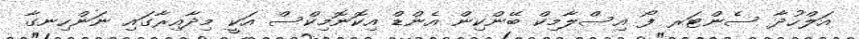
އަލްހުދާ ސެންޓަރ ފޯ އިސްލާމިކް ބޭންކިން އެންޑް އިކޮނޮމިކްސް އަކީ މިދާއިރާގައި ނަންހިނގާ